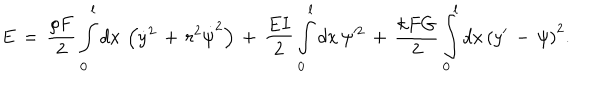
E \, = \, \frac { \rho F } { 2 } \int _ { 0 } ^ { l } d x \, \left( \dot { y } ^ { 2 } \, + \, r ^ { 2 } \dot { \psi } ^ { 2 } \right) \, + \, \frac { E I } { 2 } \int _ { 0 } ^ { l } d x \, \psi ^ { 2 } \, + \, \frac { k F G } { 2 } \int _ { 0 } ^ { l } d x \, \left( y ^ { \prime } \, - \, \psi \right) ^ { 2 } .